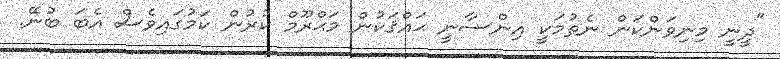
"ދީނީ މިނިވަންކަން ނެތުމަކީ އިންސާނީ ޙައްޤަކުން މަޙްރޫމް ކުރުން ކަމުގައިވެސް އެބަ ބުނޭ.